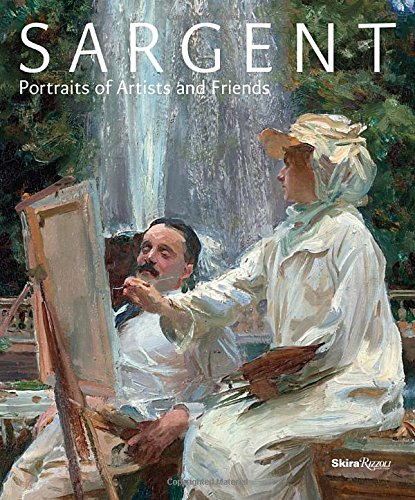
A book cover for Sargent: Portraits of Artists and Friends; Richard Ormond; Arts & Photography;